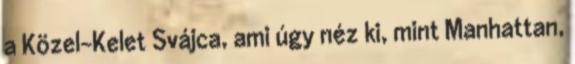
a Közel-Kelet Svájca, ami úgy néz ki, mint Manhattan,